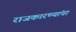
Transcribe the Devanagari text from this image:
राजकारण्यांचा